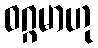
ဝဂ္ဂမာဟု